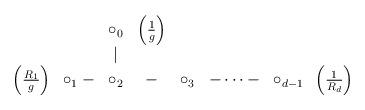
LaTeX: \begin{align*}\begin{array}{ccccccc}& \circ_{0} & \left(\frac{1}{g}\right) &&&&\\& \mid &&&&&\\\left(\frac{R_1}{g}\right) \;\; \circ_{1} - & \circ_{2} &-&\circ_{3} &- \dots-&\circ_{d-1} \;\; \left(\frac{1}{R_d}\right) \\\end{array}\end{align*}